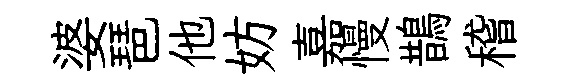
婆琶他妨嘉慢鵲稽